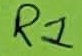
Text: R1